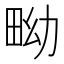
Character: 𤱎